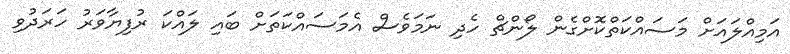
އަމިއްލައަށް މަސައްކަތްކޮށްގެން ލޯންޗް ހެދި ނަމަވެސް އެމަސައްކަތަށް ބައި ލައްކަ ރުފިޔާވަރު ހަރަދުވި